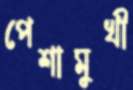
পেশামুখী